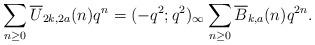
LaTeX: \begin{align*}\sum_{n\geq0}\overline{U}_{2k,2a}(n)q^n=(-q^2;q^2)_\infty\sum_{n\geq 0}\overline{B}_{k,a}(n)q^{2n}.\end{align*}